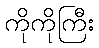
ကိုကိုကြီး